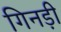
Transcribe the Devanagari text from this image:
गिनड़ी